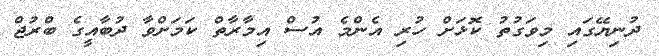
ދުނިޔޭގައި މިވަގުތު ކޮޅަށް ހުރި އެންމެ އުސް އިމާރާތް ކަމަށްވާ ދުބާއީގެ ބްރުޖް